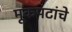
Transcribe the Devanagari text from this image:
मूकपटांचे